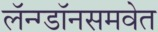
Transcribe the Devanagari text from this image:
लॅन्ग्डॉनसमवेत